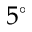
5 ^ { \circ }